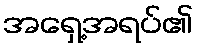
အရှေ့အရပ်၏